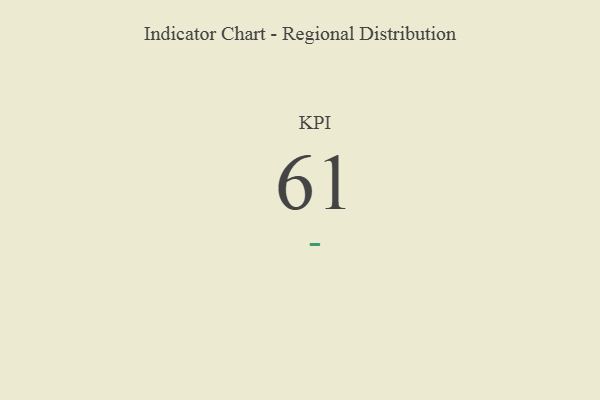
{"axis": {"x": "KPI", "y": "Value"}, "legend": [""], "data": [{"x": "KPI", "y": 61, "type": ""}]}